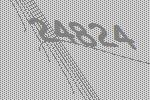
24824